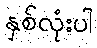
နှစ်လုံးပါ